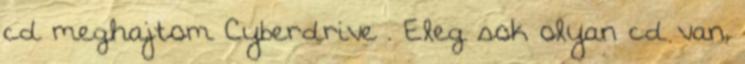
cd meghajtom Cyberdrive . Eleg sok olyan cd van,